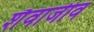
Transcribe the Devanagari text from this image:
शैवाजीव